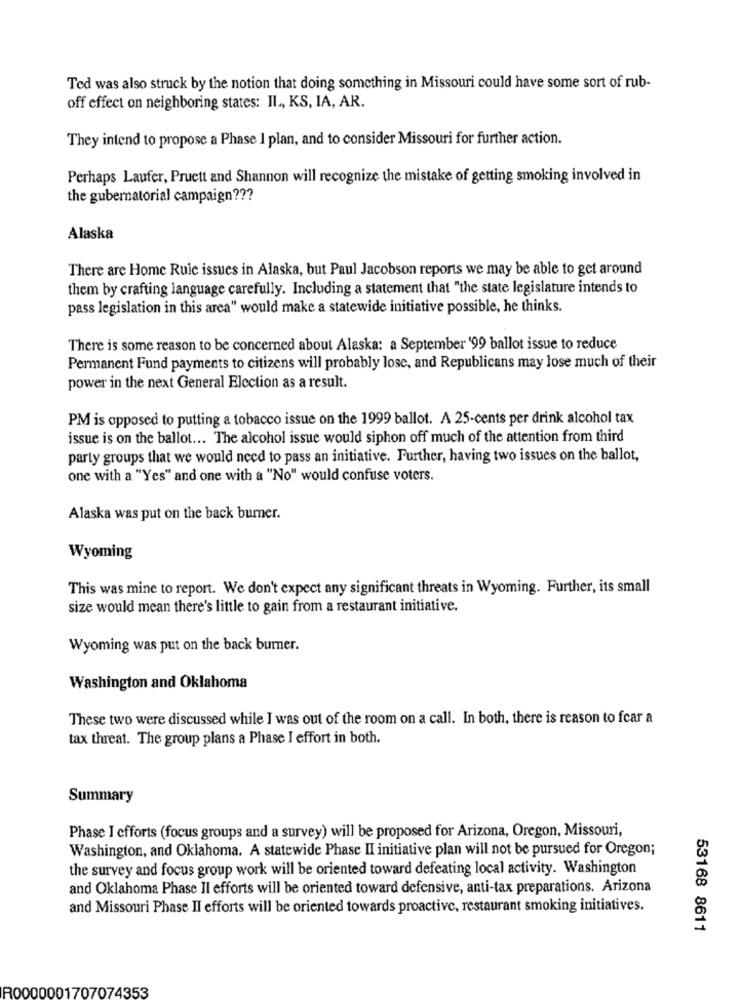
Ted was also struck by the notion that doing something in Missouri could have some sort of rub-
off effect on neighboring states: IL ,, KS, IA, AR.
They intend to propose a Phase I plan, and to consider Missouri for further action.
Perhaps Laufer, Pruett and Shannon will recognize the mistake of getting smoking involved in
the gubernatorial campaign ???
Alaska
There are Home Rule issues in Alaska, but Paul Jacobson reports we may be able to get around
them by crafting language carefully. Including a statement that "the state legislature intends to
pass legislation in this area" would make a statewide initiative possible, he thinks.
There is some reason to be concerned about Alaska: a September '99 ballot issue to reduce
Permanent Fund payments to citizens will probably lose, and Republicans may lose much of their
power in the next General Election as a result.
PM is opposed to putting a tobacco issue on the 1999 ballot. A 25-cents per drink alcohol tax
issue is on the ballot ... The alcohol issue would siphon off much of the attention from third
party groups that we would need to pass an initiative. Further, having two issues on the ballot,
one with a "Yes" and one with a "No" would confuse voters.
Alaska was put on the back burner.
Wyoming
This was mine to report. We don't expect any significant threats in Wyoming. Further, its small
size would mean there's little to gain from a restaurant initiative.
Wyoming was put on the back burner.
Washington and Oklahoma
These two were discussed while I was out of the room on a call. In both, there is reason to fear a
tax threat. The group plans a Phase I effort in both.
Summary
Phase I efforts (focus groups and a survey) will be proposed for Arizona, Oregon, Missouri,
Washington, and Oklahoma. A statewide Phase II initiative plan will not be pursued for Oregon;
the survey and focus group work will be oriented toward defeating local activity. Washington
and Oklahoma Phase Il efforts will be oriented toward defensive, anti-tax preparations. Arizona
and Missouri Phase II efforts will be oriented towards proactive, restaurant smoking initiatives.
53168 8611
R0000001707074353